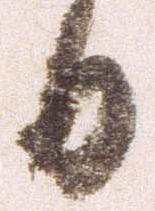
日